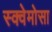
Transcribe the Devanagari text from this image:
स्क्वेमोसा